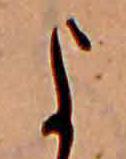
よ